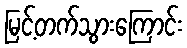
မြင့်တက်သွားကြောင်း